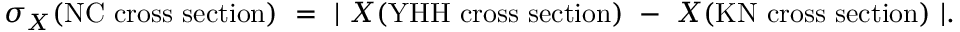
\sigma _ { X } ( \mathrm { N C ~ c r o s s ~ s e c t i o n } ) ~ = ~ \vert ~ X ( \mathrm { Y H H ~ c r o s s ~ s e c t i o n } ) ~ - ~ X ( \mathrm { K N ~ c r o s s ~ s e c t i o n } ) ~ \vert .